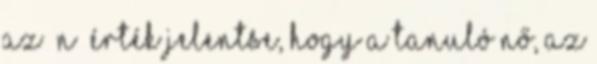
Az „N” érték jelentse, hogy a tanuló nő, az